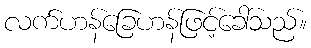
လက်ဟန်ခြေဟန်ဖြင့်ခေါ်သည်။